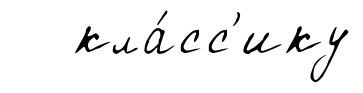
кла́сс'ику